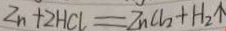
Z n + 2 H C l = Z n C l _ { 2 } + H _ { 2 } \uparrow